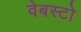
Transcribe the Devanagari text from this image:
वेबस्टो